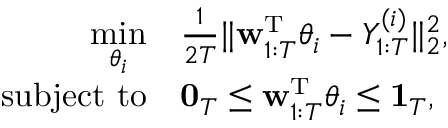
\begin{array} { r l } { \underset { \theta _ { i } } { \mathrm { m i n } } } & { \frac { 1 } { 2 T } \| \mathbf { w } _ { 1 : T } ^ { \mathrm { \scriptscriptstyle T } } \theta _ { i } - Y _ { 1 : T } ^ { ( i ) } \| _ { 2 } ^ { 2 } , } \\ { \mathrm { s u b j e c t ~ t o } } & { \mathbf { 0 } _ { T } \leq \mathbf { w } _ { 1 : T } ^ { \mathrm { \scriptscriptstyle T } } \theta _ { i } \leq \mathbf { 1 } _ { T } , } \end{array}